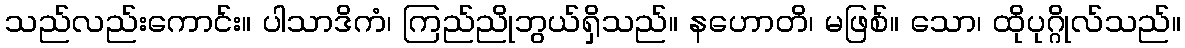
သည်လည်းကောင်း။ ပါသာဒိကံ၊ ကြည်ညိုဘွယ်ရှိသည်။ နဟောတိ၊ မဖြစ်။ သော၊ ထိုပုဂ္ဂိုလ်သည်။